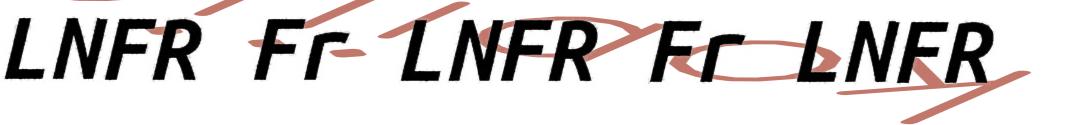
LNFR Fr LNFR Fr LNFR